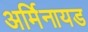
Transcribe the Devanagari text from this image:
अर्मिनायड